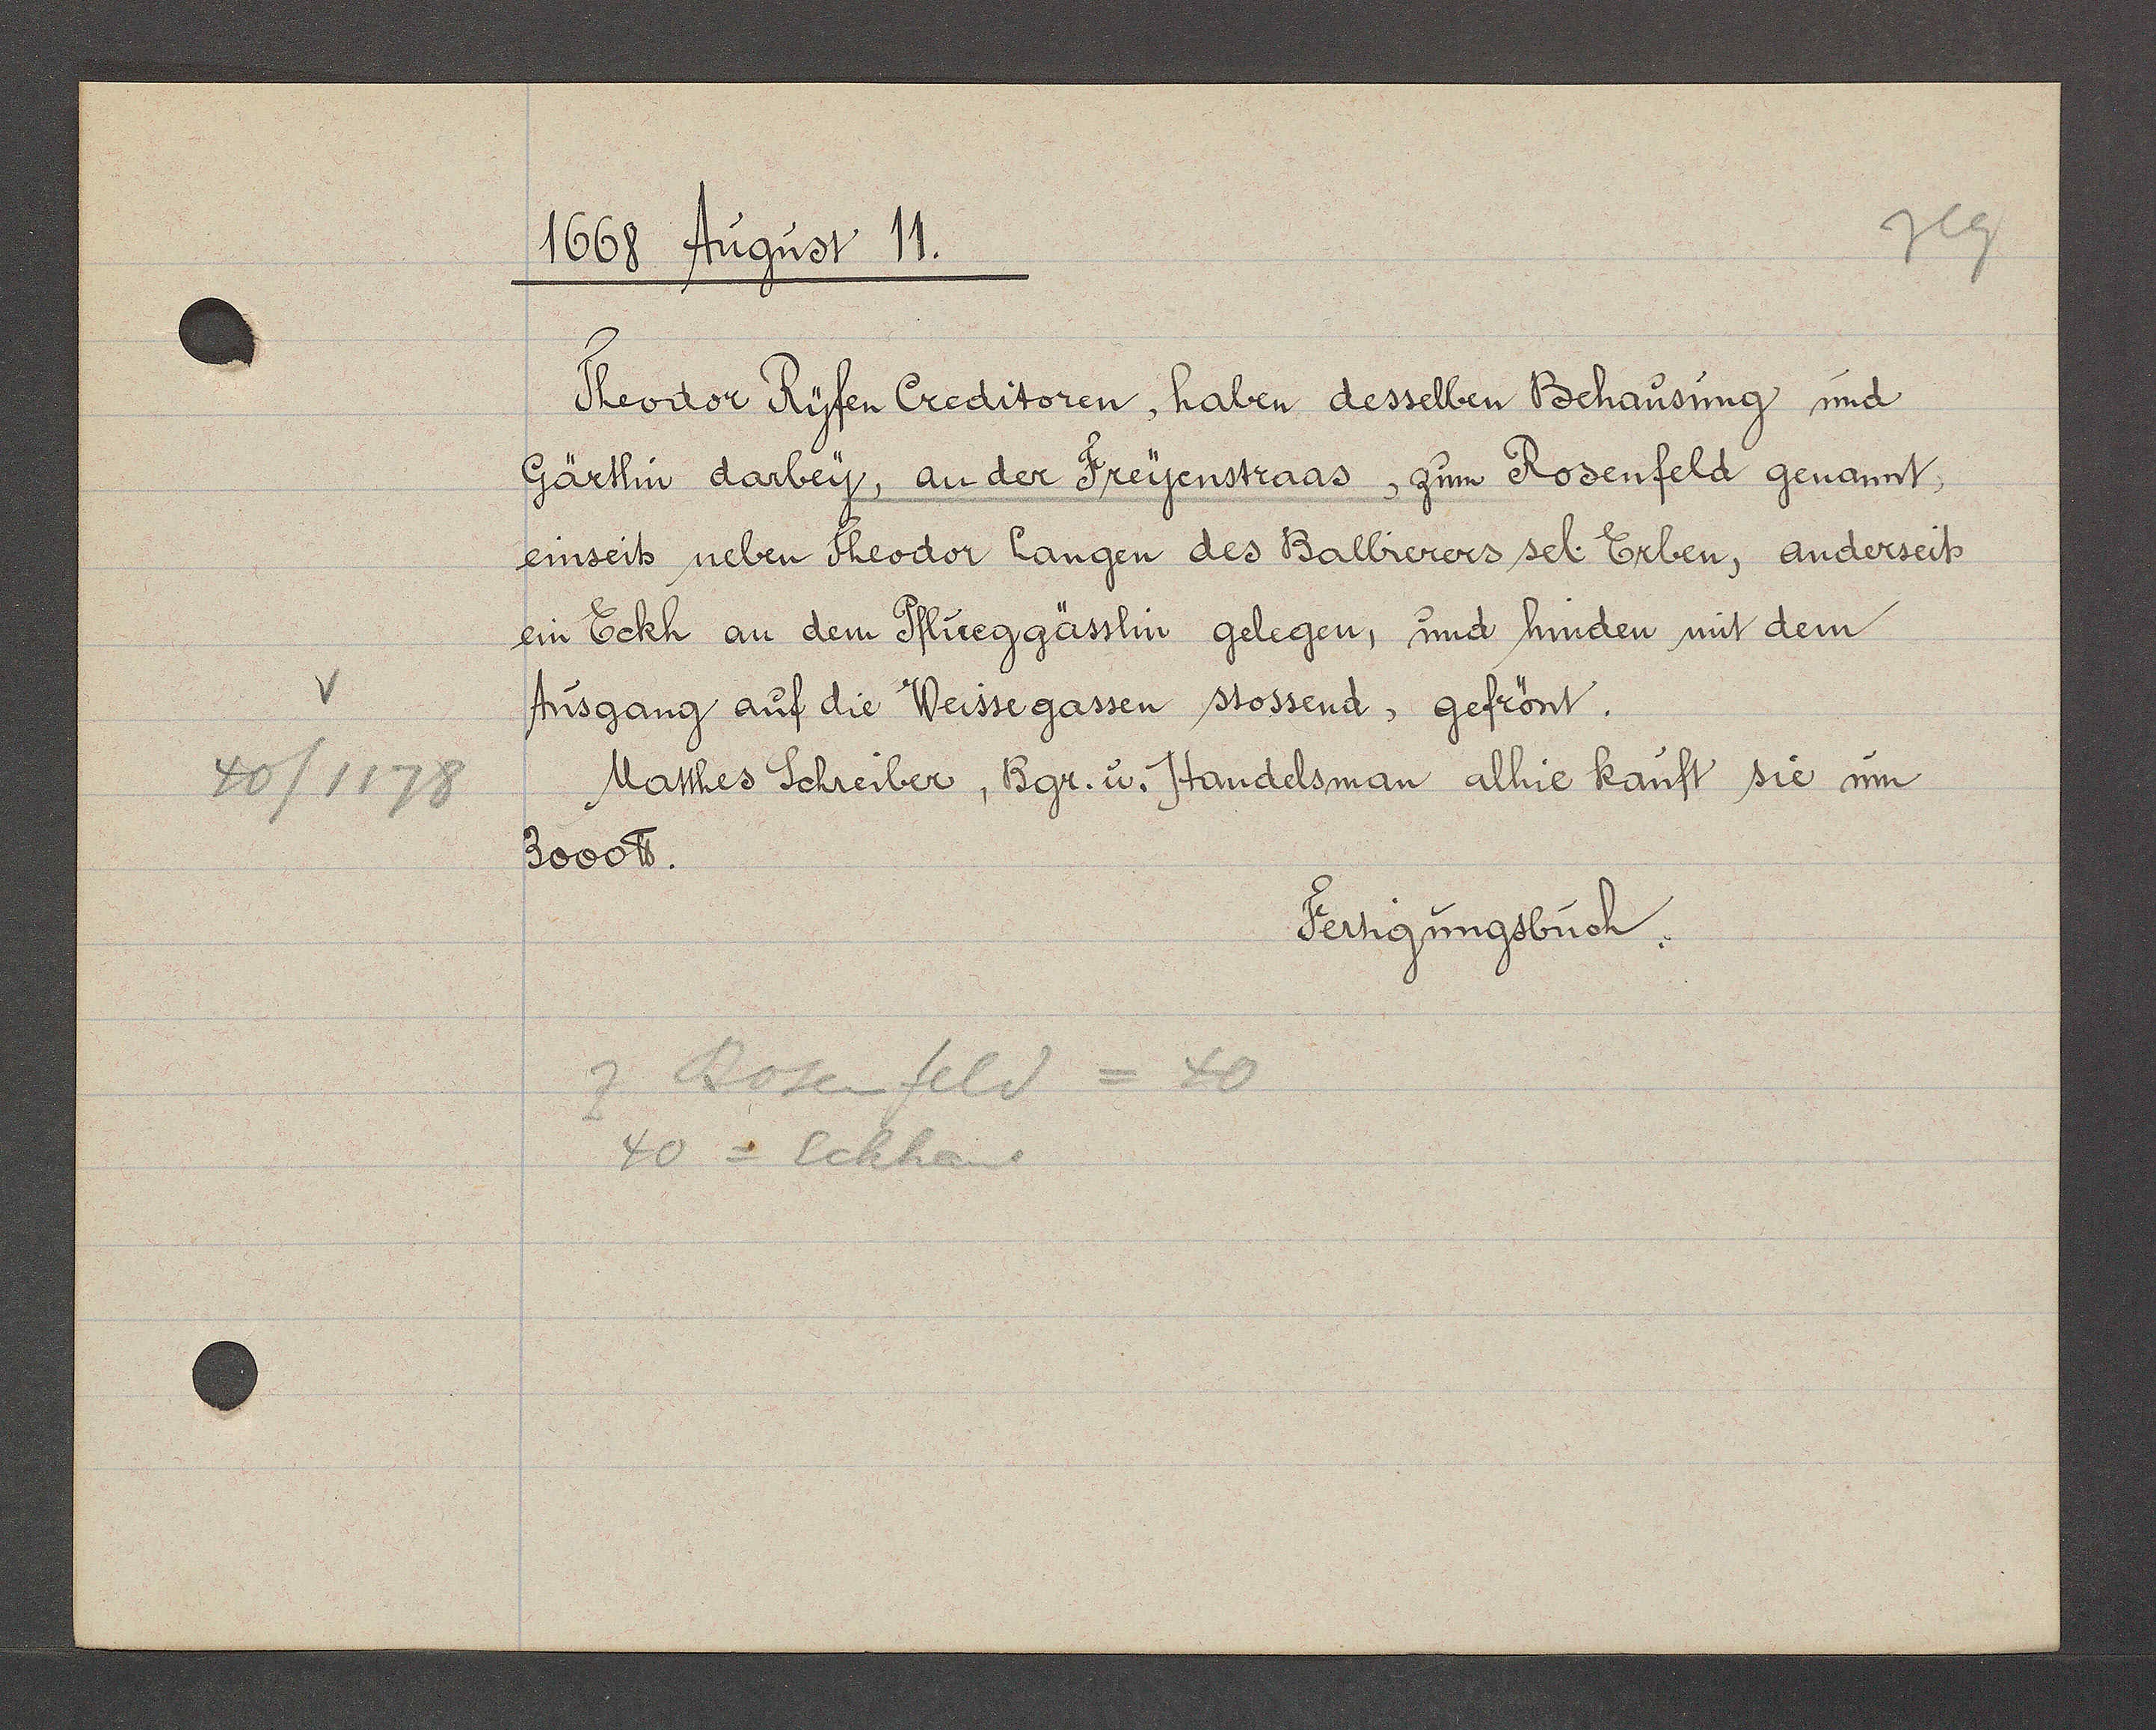
Transcript:
40/1178

1668 August 11.

Theodor Ryfen Creditoren, haben desselben Behausung und
Gärtlin darbey, an der Freyenstraas, zum Rosenfeld genannt,
einseits neben Theodor langen des Balbierers sel. Erben, anderseits
ein Eckh an dem Pflueggässlin gelegen, und hinden mit dem
Ausgang auf die Weissegassen stossend, gefrönt.
Matthes Schreiber, Bgr. u. Handelsman alhie kauft sie um
3000 ℔.

z Rosenfeld = 40
40 = Eckhaus

Fertigungsbuch.